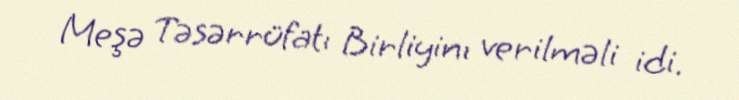
Meşə Təsərrüfatı Birliyinı verilməli idi.